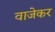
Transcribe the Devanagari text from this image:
वाजेकर